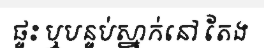
ផ្ទះ ឬបន្ទប់ស្នាក់នៅ តែង